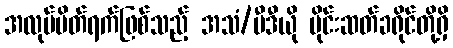
အလုပ်ပိတ်ရက်ဖြစ်သည့် အသံ/ဗီဒီယို မိုင်းဆတ်ခရိုင်တို့ရှိ